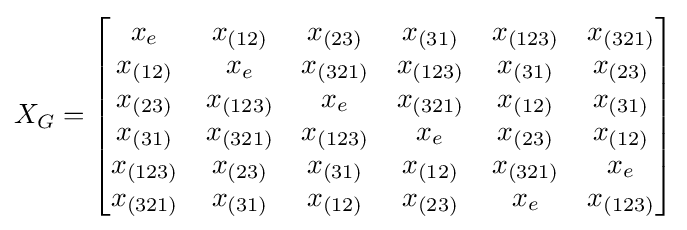
X_{G}={\begin{bmatrix}x_{e}&x_{(12)}&x_{(23)}&x_{(31)}&x_{(123)}&x_{(321)}\\x_{(12)}&x_{e}&x_{(321)}&x_{(123)}&x_{(31)}&x_{(23)}\\x_{(23)}&x_{(123)}&x_{e}&x_{(321)}&x_{(12)}&x_{(31)}\\x_{(31)}&x_{(321)}&x_{(123)}&x_{e}&x_{(23)}&x_{(12)}\\x_{(123)}&x_{(23)}&x_{(31)}&x_{(12)}&x_{(321)}&x_{e}\\x_{(321)}&x_{(31)}&x_{(12)}&x_{(23)}&x_{e}&x_{(123)}\end{bmatrix}}